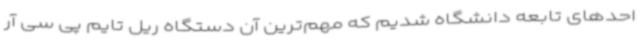
احدهای تابعه دانشگاه شدیم که مهم‌ترین آن دستگاه ریل تایم پی سی آر